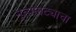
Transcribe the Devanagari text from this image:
नृत्यनाट्याचा